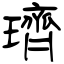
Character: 璾